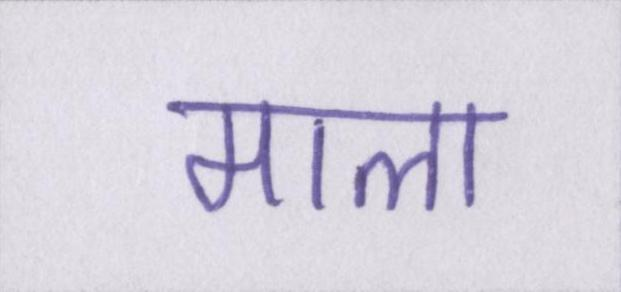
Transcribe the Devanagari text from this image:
माला